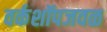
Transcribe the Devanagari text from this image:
वर्कशॉपजवळ